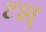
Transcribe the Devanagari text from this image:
दृश्